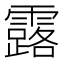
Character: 露